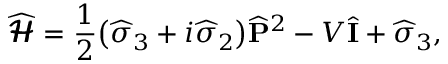
{ \widehat { \pmb { \mathscr { H } } } } = { \frac { 1 } { 2 } } { \left( { \widehat { \boldsymbol { \sigma } } } _ { 3 } + i { \widehat { \boldsymbol { \sigma } } } _ { 2 } \right) } { \widehat { \bf P } } ^ { 2 } - V { \widehat { \bf I } } + { \widehat { \boldsymbol { \sigma } } } _ { 3 } ,